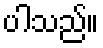
ပါသည်။